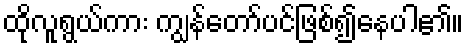
ထိုလူရွယ်ကား ကျွန်တော်ပင်ဖြစ်၍နေပါ၏။